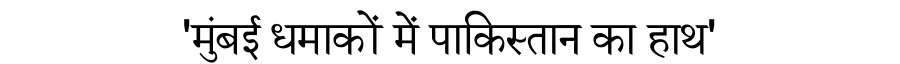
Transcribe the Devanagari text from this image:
'मुंबई धमाकों में पाकिस्तान का हाथ'